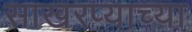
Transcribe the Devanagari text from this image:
साखरप्याच्या